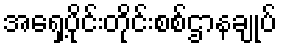
အရှေ့ပိုင်းတိုင်းစစ်ဌာနချုပ်